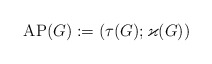
\begin{align*}\mathrm{AP}(G):=(\tau(G);\varkappa(G))\end{align*}